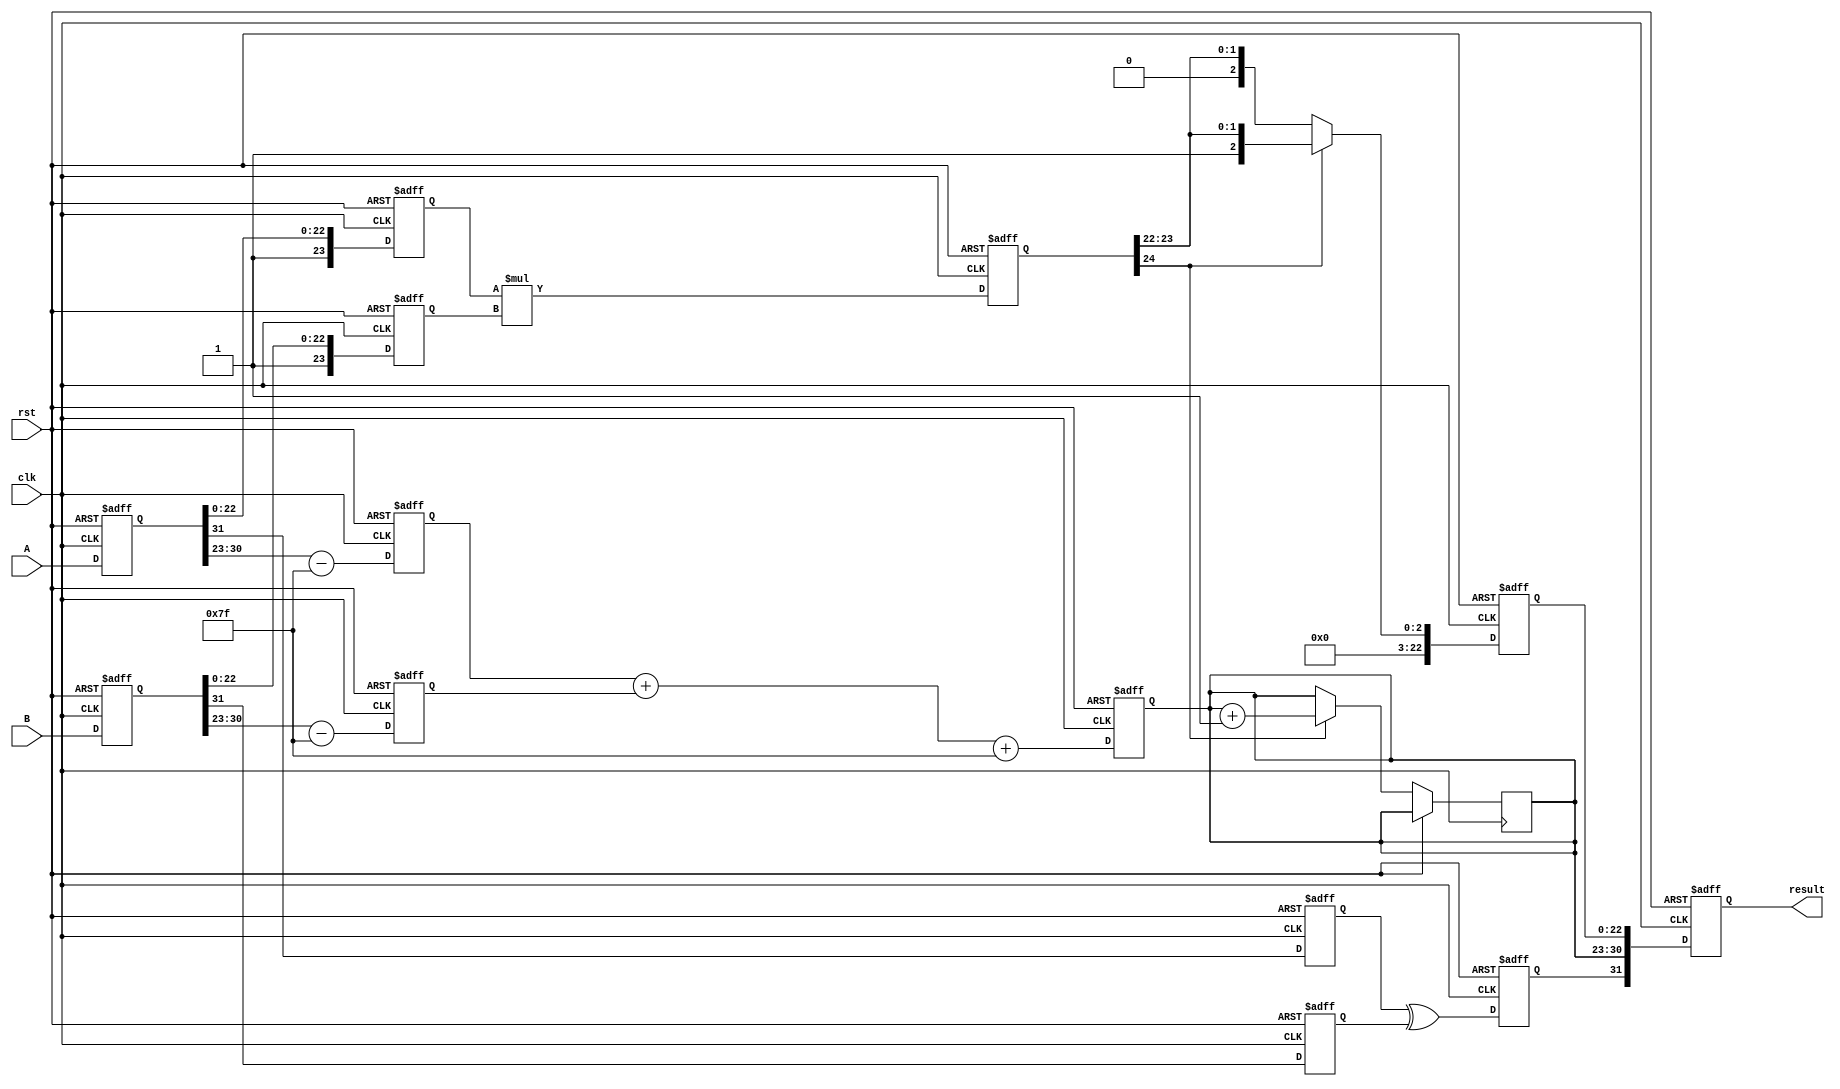
module fp_pipelined_multiplier (
    input clk,
    input rst,
    input [31:0] A, // Input floating-point A
    input [31:0] B, // Input floating-point B
    output reg [31:0] result // Output floating-point result
);

    // IEEE 754 parameters
    localparam EXPONENT_BITS = 8;
    localparam MANTISSA_BITS = 23;
    localparam BIAS = 127;

    // Pipeline registers
    reg [31:0] A_reg, B_reg; // Stage 1
    reg sign_A, sign_B, sign_result; // Stage 2
    reg [EXPONENT_BITS-1:0] exp_A, exp_B, exp_result; // Stage 3
    reg [MANTISSA_BITS:0] mant_A, mant_B, mant_result; // Stage 4
    reg [MANTISSA_BITS+1:0] mant_mult; // For mantissa multiplication
    reg [MANTISSA_BITS:0] normalized_mant; // For normalization

    // Stage 1: Input Registration
    always @(posedge clk or posedge rst) begin
        if (rst) begin
            A_reg <= 32'b0;
            B_reg <= 32'b0;
        end else begin
            A_reg <= A;
            B_reg <= B;
        end
    end

    // Stage 2: Sign Calculation
    always @(posedge clk or posedge rst) begin
        if (rst) begin
            sign_A <= 1'b0;
            sign_B <= 1'b0;
            sign_result <= 1'b0;
        end else begin
            sign_A <= A_reg[31];
            sign_B <= B_reg[31];
            sign_result <= sign_A ^ sign_B; // XOR for result sign
        end
    end

    // Stage 3: Exponent Calculation
    always @(posedge clk or posedge rst) begin
        if (rst) begin
            exp_A <= 8'b0;
            exp_B <= 8'b0;
            exp_result <= 8'b0;
        end else begin
            exp_A <= A_reg[30:23] - BIAS; // Unbias exponent A
            exp_B <= B_reg[30:23] - BIAS; // Unbias exponent B
            exp_result <= exp_A + exp_B + BIAS; // Add and re-bias
        end
    end

    // Stage 4: Mantissa Multiplication
    always @(posedge clk or posedge rst) begin
        if (rst) begin
            mant_A <= 24'b0; // 1 bit implicit leading bit
            mant_B <= 24'b0; // 1 bit implicit leading bit
            mant_mult <= 24'b0;
        end else begin
            mant_A <= {1'b1, A_reg[22:0]}; // Add implicit leading 1
            mant_B <= {1'b1, B_reg[22:0]}; // Add implicit leading 1
            mant_mult <= mant_A * mant_B; // Multiply mantissas
        end
    end

    // Stage 5: Result Normalization
    always @(posedge clk or posedge rst) begin
        if (rst) begin
            normalized_mant <= 24'b0;
        end else begin
            // Normalize the mantissa
            if (mant_mult[MANTISSA_BITS+1]) begin
                normalized_mant <= mant_mult[MANTISSA_BITS+1:MANTISSA_BITS-1]; // Shift right
                exp_result <= exp_result + 1; // Adjust exponent
            end else begin
                normalized_mant <= mant_mult[MANTISSA_BITS:MANTISSA_BITS-1]; // Keep as is
            end
        end
    end

    // Stage 6: Final Registration
    always @(posedge clk or posedge rst) begin
        if (rst) begin
            result <= 32'b0;
        end else begin
            result <= {sign_result, exp_result[EXPONENT_BITS-1:0], normalized_mant[MANTISSA_BITS-1:0]};
        end
    end

endmodule